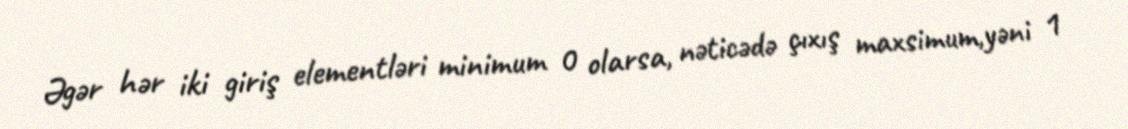
Əgər hər iki giriş elementləri minimum 0 olarsa, nəticədə çıxış maxsimum,yəni 1